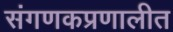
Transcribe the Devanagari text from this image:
संगणकप्रणालीत